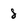
Character: 8